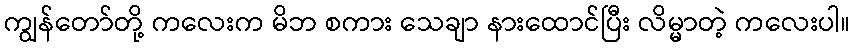
ကျွန်တော်တို့ ကလေးက မိဘ စကား သေချာ နားထောင်ပြီး လိမ္မာတဲ့ ကလေးပါ။